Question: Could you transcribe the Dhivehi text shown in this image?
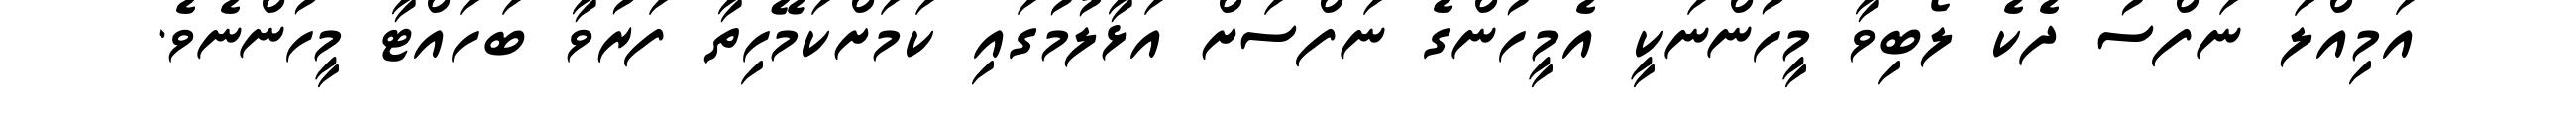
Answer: އަމިއްލަ ނަފްސު ދެކެ ލޯބިވާ މީހުންނަކީ އެމީހުންގެ ނަފްސަށް އަޅާލުމުގައި ކަމަށްކަމޭހިތާ ފަރުވާ ބަހައްޓާ މީހުންނެވެ.